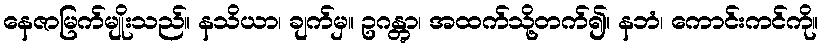
နေဇာမြက်မျိုးသည်။ နသိယာ၊ ချက်မှ။ ဥဂန္တွာ၊ အထက်သို့တက်၍။ နဘံ၊ ကောင်းကင်ကို။